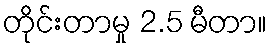
တိုင်းတာမှု 2.5 မီတာ။